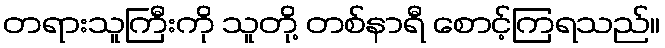
တရားသူကြီးကို သူတို့ တစ်နာရီ စောင့်ကြရသည်။